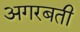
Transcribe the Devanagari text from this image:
अगरबती